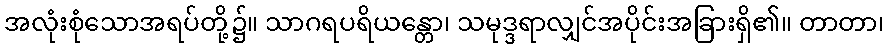
အလုံးစုံသောအရပ်တို့၌။ သာဂရပရိယန္တော၊ သမုဒ္ဒရာလျှင်အပိုင်းအခြားရှိ၏။ တာတာ၊